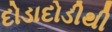
દોડાદોડીથી